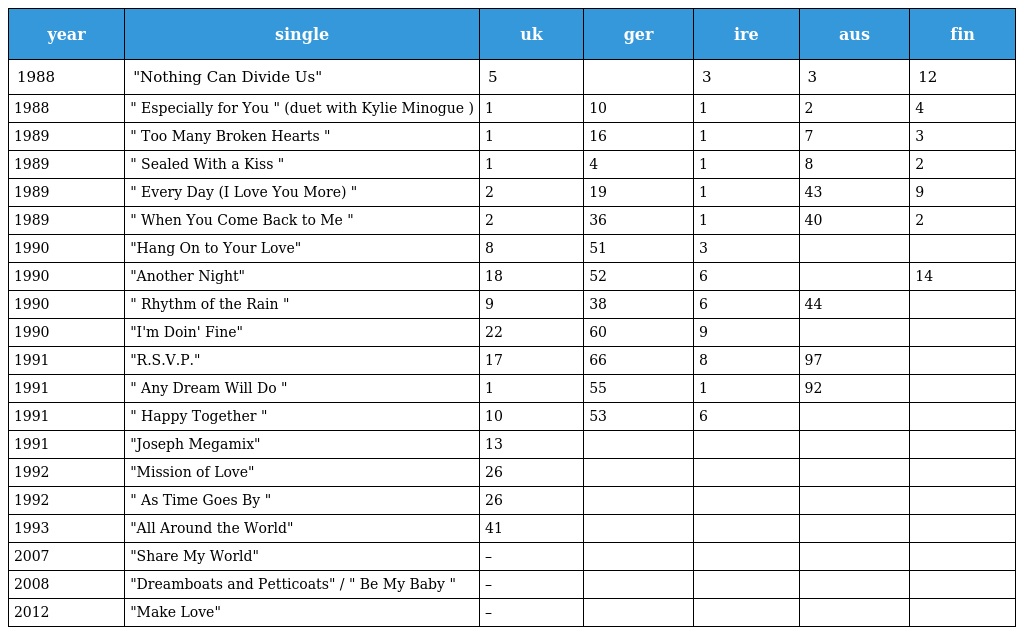
| year | single | uk | ger | ire | aus | fin |
 | --- | --- | --- | --- | --- | --- | --- |
 | 1988 | "Nothing Can Divide Us" | 5 |  | 3 | 3 | 12 |
 | 1988 | " Especially for You " (duet with Kylie Minogue ) | 1 | 10 | 1 | 2 | 4 |
 | 1989 | " Too Many Broken Hearts " | 1 | 16 | 1 | 7 | 3 |
 | 1989 | " Sealed With a Kiss " | 1 | 4 | 1 | 8 | 2 |
 | 1989 | " Every Day (I Love You More) " | 2 | 19 | 1 | 43 | 9 |
 | 1989 | " When You Come Back to Me " | 2 | 36 | 1 | 40 | 2 |
 | 1990 | "Hang On to Your Love" | 8 | 51 | 3 |  |  |
 | 1990 | "Another Night" | 18 | 52 | 6 |  | 14 |
 | 1990 | " Rhythm of the Rain " | 9 | 38 | 6 | 44 |  |
 | 1990 | "I'm Doin' Fine" | 22 | 60 | 9 |  |  |
 | 1991 | "R.S.V.P." | 17 | 66 | 8 | 97 |  |
 | 1991 | " Any Dream Will Do " | 1 | 55 | 1 | 92 |  |
 | 1991 | " Happy Together " | 10 | 53 | 6 |  |  |
 | 1991 | "Joseph Megamix" | 13 |  |  |  |  |
 | 1992 | "Mission of Love" | 26 |  |  |  |  |
 | 1992 | " As Time Goes By " | 26 |  |  |  |  |
 | 1993 | "All Around the World" | 41 |  |  |  |  |
 | 2007 | "Share My World" | – |  |  |  |  |
 | 2008 | "Dreamboats and Petticoats" / " Be My Baby " | – |  |  |  |  |
 | 2012 | "Make Love" | – |  |  |  |  |